Papers set at the Examination for Leaving Certificates, 1894
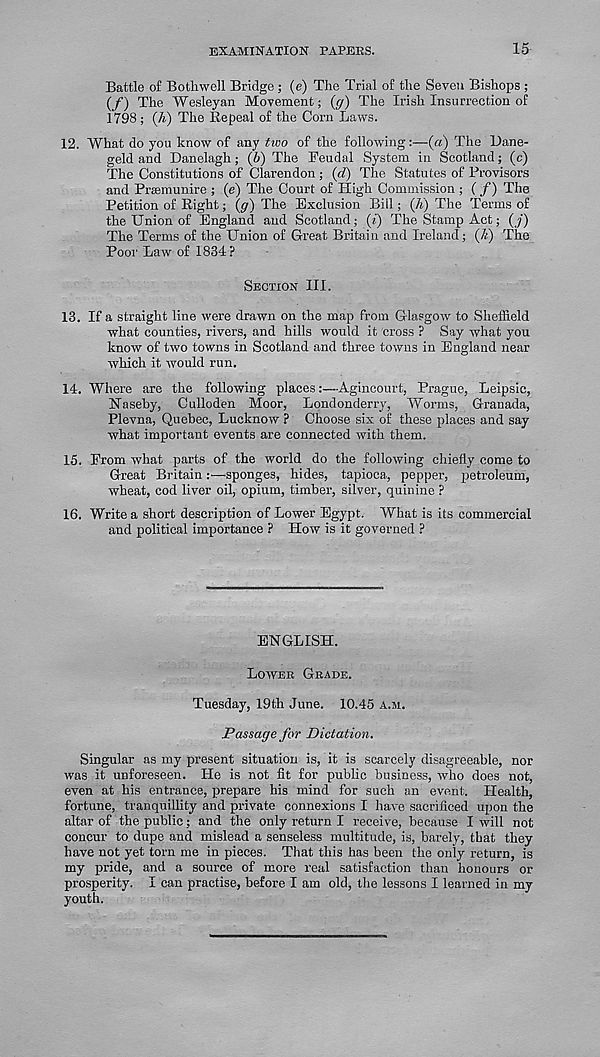
EXAMINATION TAPERS.
15
Battle of Botliwell Bridge ; (e) The Trial of the Seven Bishops ;
(/) The Wesleyan Movement; (g) The Irish Insurrection of
1798; (A) The Repeal of the Corn Laws.
12. What do you know of any two of the following:—(a) The Dane-
geld and Danelagh ; (b) The Feudal System in Scotland; (c)
The Constitutions of Clarendon ; (d) The Statutes of Provisors
and Praemunire ; (e) The Court of High Commission ; ( /) The
Petition of Right; (g) The Exclusion Bill; (A.) The Terms of
the Union of England and Scotland; (i) The Stamp Act; (j)
The Terms of the Union of Great Britain and Ireland; (A) The
Poor Law of 1834?
Section III.
13. If a straight line were drawn on the map from Glasgow to Sheffield
what counties, rivers, and hills would it cross ? Say what you
know of two towns in Scotland and three towns in England near
which it would run.
14. Where are the following places:—Agincourt, Prague, Leipsic,
Haseby, Culloden Moor, Londonderry, Worms, Granada,
Plevna, Quebec, Lucknow ? Choose six of these places and say
what important events are connected with them.
15. From what parts of the world do the following chiefly come to
Great Britain:—sponges, hides, tapioca, pepper, petroleum,
wheat, cod liver oil, opium, timber, silver, quinine ?
16. Write a short description of Lower Egypt. What is its commercial
and political importance ? How is it governed ?
ENGLISH.
Lower Grade.
Tuesday, 19th June. 10.45 a.m.
Passage for Dictation.
Singular as my present situation is, it is scarcely disagreeable, nor
was it unforeseen. He is not fit for public business, who does not,
even at his entrance, prepare his mind for such an event. Health,
fortune, tranquillity and private connexions I have sacrificed upon the
altar of the public; and the only return I receive, because I will not
concur to dupe and mislead a senseless multitude, is, barely, that they
have not yet torn me in pieces. That this has been the only return, is
my pride, and a source of more real satisfaction than honours or
prosperity. I can practise, before I am old, the lessons I learned in my
youth.